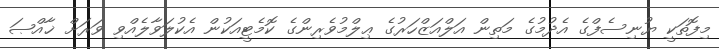
މިފޮތަކީ ޔުނިސެފްގެ އެދުމުގެ މަތިން އަލްއަޒްހަރުގެ ޢިލްމުވެރިންގެ ކޮމެޓީއަކުން އެކުލަވާލެއްވި ވަރަށް ޚާއްޞަ